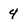
Character: 4